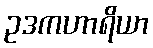
ဥဒကဟာရိယာ